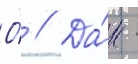
О́ // Да́н -